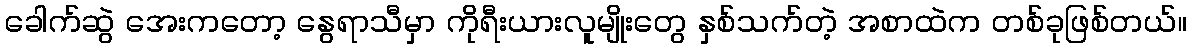
ခေါက်ဆွဲ အေးကတော့ နွေရာသီမှာ ကိုရီးယားလူမျိုးတွေ နှစ်သက်တဲ့ အစာထဲက တစ်ခုဖြစ်တယ်။